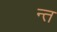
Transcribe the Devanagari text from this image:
न्त